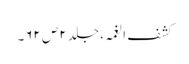
کشف الغمہ ، جلد ۲ ص ۶۲۔